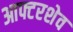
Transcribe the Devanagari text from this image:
आफ्टरशेव